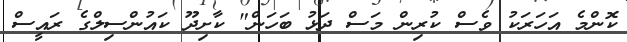
ކޮންމެ އަހަރަކު ވެސް ކުރިން މަސް ދަޅު ބަހަން" ކާށިދޫ ކައުންސިލްގެ ރައީސް